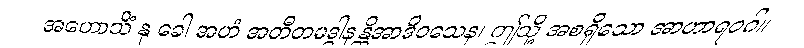
အဟောသိံ နု ခေါ အဟံ အတီတမဒ္ဓါနန္တိအာဒိဝသေန၊ ဤသို့ အစရှိသော အာဟာရဝဂ်။